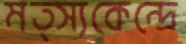
মত্স্যকেন্দ্রে